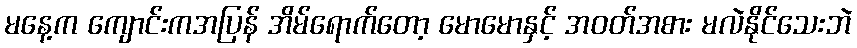
မနေ့က ကျောင်းကအပြန် အိမ်ရောက်တော့ မောမောနှင့် အဝတ်အစား မလဲနိုင်သေးဘဲ